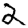
Digit: 2